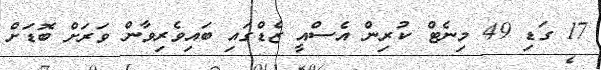
17 ގަޑި 49 މިނެޓް ކުރިން އެސްއީ ޒެޑްގައި ބައިވެރިވާން ވަރަށް ބޮޑަށް